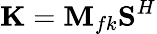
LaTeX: \textbf{K}=\textbf{M}_{fk}\textbf{S}^{H}